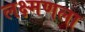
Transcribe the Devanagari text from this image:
लक्ष्मणला